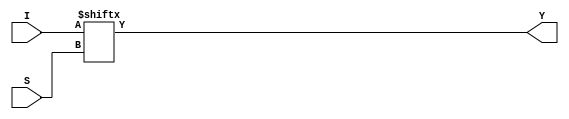
/**************************************************
 P1.1 4:1 MULTIPLEXER DATAFLOW1
 ************************************************/

 module mux_4_1_df(Y,I,S);
 	input [3:0]I;
 	input [1:0]S;
 	output Y;

 assign Y= I[S];


 endmodule